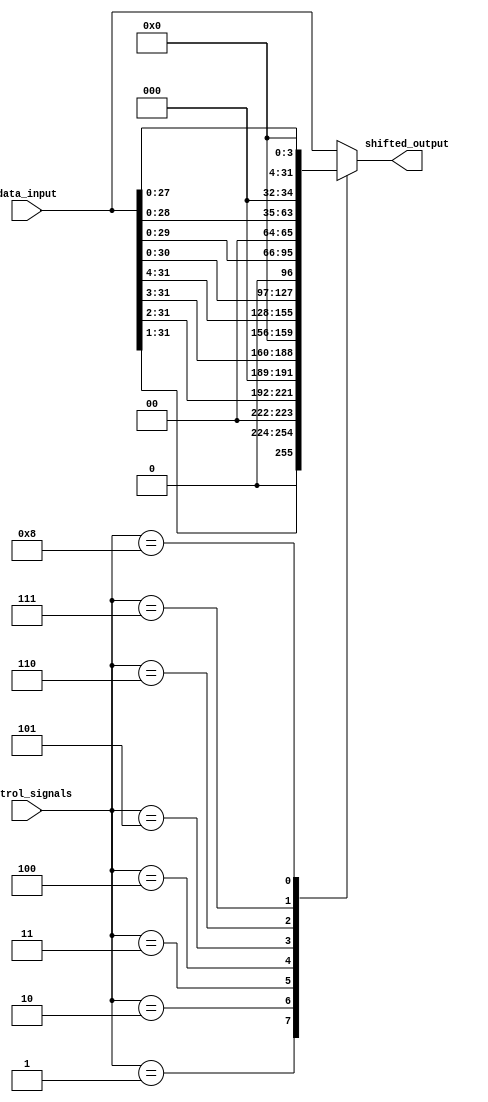
module Hybrid_Barrel_Shifter(
    input [31:0] data_input,
    input [4:0] control_signals,
    output reg [31:0] shifted_output
);

always @ (*) begin
    case(control_signals)
        5'h00: shifted_output = data_input;  //no shift 
        5'h01: shifted_output = data_input >> 1;  //shift right by 1
        5'h02: shifted_output = data_input >> 2;  //shift right by 2
        5'h03: shifted_output = data_input >> 3;  //shift right by 3
        5'h04: shifted_output = data_input >> 4;  //shift right by 4
        5'h05: shifted_output = data_input << 1;  //shift left by 1
        5'h06: shifted_output = data_input << 2;  //shift left by 2
        5'h07: shifted_output = data_input << 3;  //shift left by 3
        5'h08: shifted_output = data_input << 4;  //shift left by 4
        default: shifted_output = data_input;  //default case
    endcase
end

endmodule